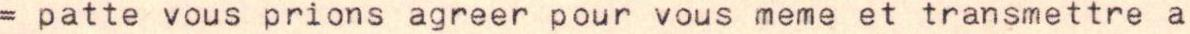
= patte vous prions agreer pour vous meme et transmettre a